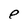
Character: e